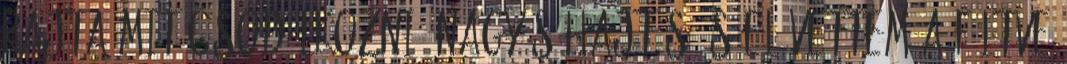
rajta mit csodálkozni. Nagy sóhajtás és elővettem a féltve